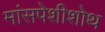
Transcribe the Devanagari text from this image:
मांसपेशीशोथ